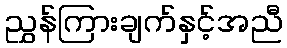
ညွှန်ကြားချက်နှင့်အညီ